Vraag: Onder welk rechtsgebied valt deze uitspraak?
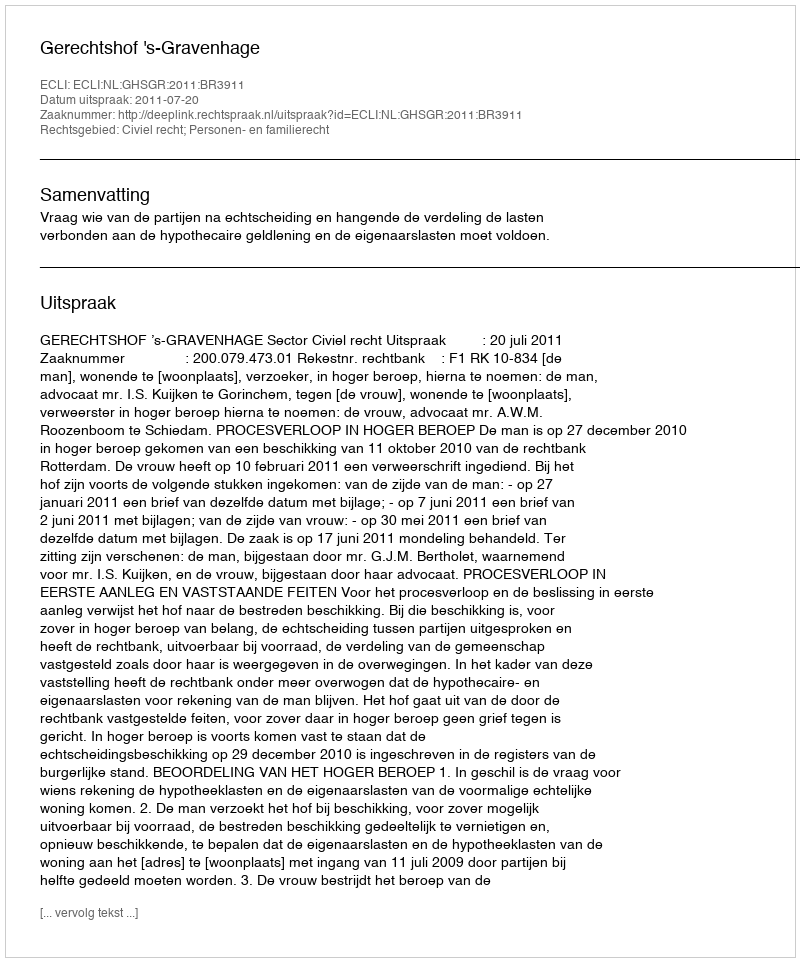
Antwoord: Civiel recht; Personen- en familierecht